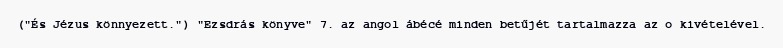
("És Jézus könnyezett.") "Ezsdrás könyve" 7. az angol ábécé minden betűjét tartalmazza az o kivételével.